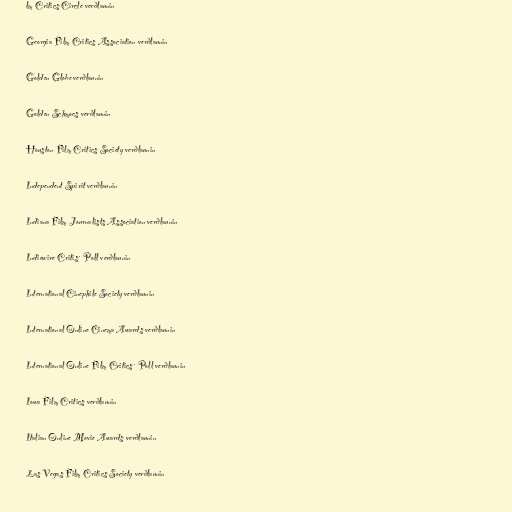
lm Critics Circle verðlaunin

Georgia Film Critics Association verðlaunin

Golden Globe verðlaunin

Golden Schmoes verðlaunin

Houston Film Critics Society verðlaunin

Independent Spirit verðlaunin

Indiana Film Journalists Association verðlaunin

Indiewire Critis´ Poll verðlaunin

International Cinephile Society verðlaunin

International Online Cinema Awards verðlaunin

International Online Film Critics´ Poll verðlaunin

Iowa Film Critics verðlaunin

Italian Online Movie Awards verðlaunin

Las Vegas Film Critics Society verðlaunin